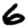
Digit: 6